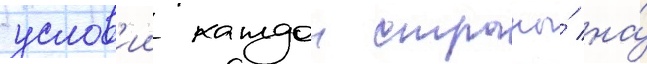
услов'ии каждои страны́ на́